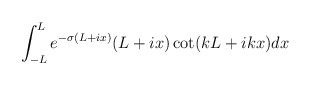
\begin{align*}\int_{-L}^{L} e^{-\sigma(L+ix)}(L+ix)\cot(kL+ikx)dx\end{align*}